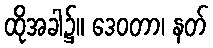
ထိုအခါ၌။ ဒေဝတာ၊ နတ်